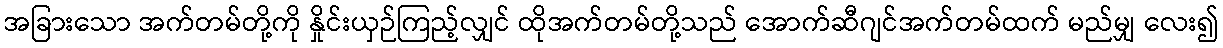
အခြားသော အက်တမ်တို့ကို နှိုင်းယှဉ်ကြည့်လျှင် ထိုအက်တမ်တို့သည် အောက်ဆီဂျင်အက်တမ်ထက် မည်မျှ လေး၍